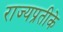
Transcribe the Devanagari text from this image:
राज्यप्रतीके